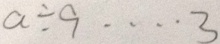
a \div 9 \cdots 3